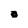
Character: 0